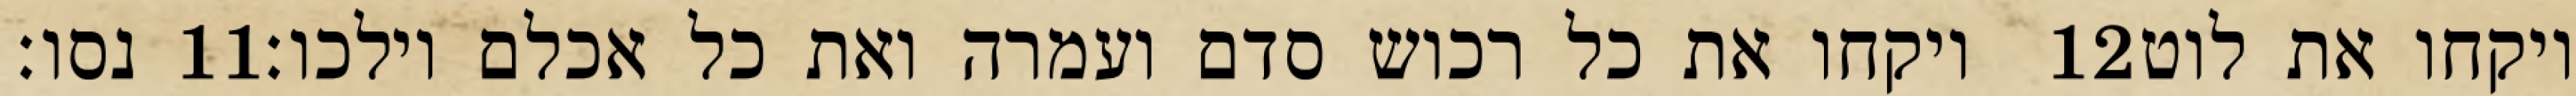
נסו׃ ‎11‏ ויקחו את כל רכוש סדם ועמרה ואת כל אכלם וילכו׃ ‎12‏ ויקחו את לוט